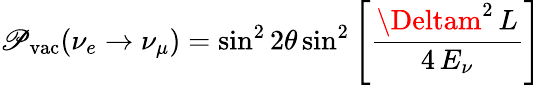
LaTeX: \mathscr{P}_{\mathrm{{vac}}}(\nu_{e}\to\nu_{\mu})=\sin^{2}2\theta\sin^{2}\left[{\frac{{\Deltam^{2}\, L}}{{4\, E_{\nu}}}}\right]